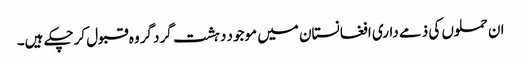
ان حملوں کی ذمے داری افغانستان میں موجود دہشت گرد گروہ قبول کرچکے ہیں۔